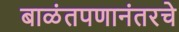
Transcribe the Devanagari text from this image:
बाळंतपणानंतरचे